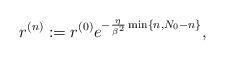
LaTeX: \begin{align*} r^{(n)}:=r^{(0)} e^{-\frac {\eta}{\beta^2} \min \{n,N_0-n \}}, \end{align*}